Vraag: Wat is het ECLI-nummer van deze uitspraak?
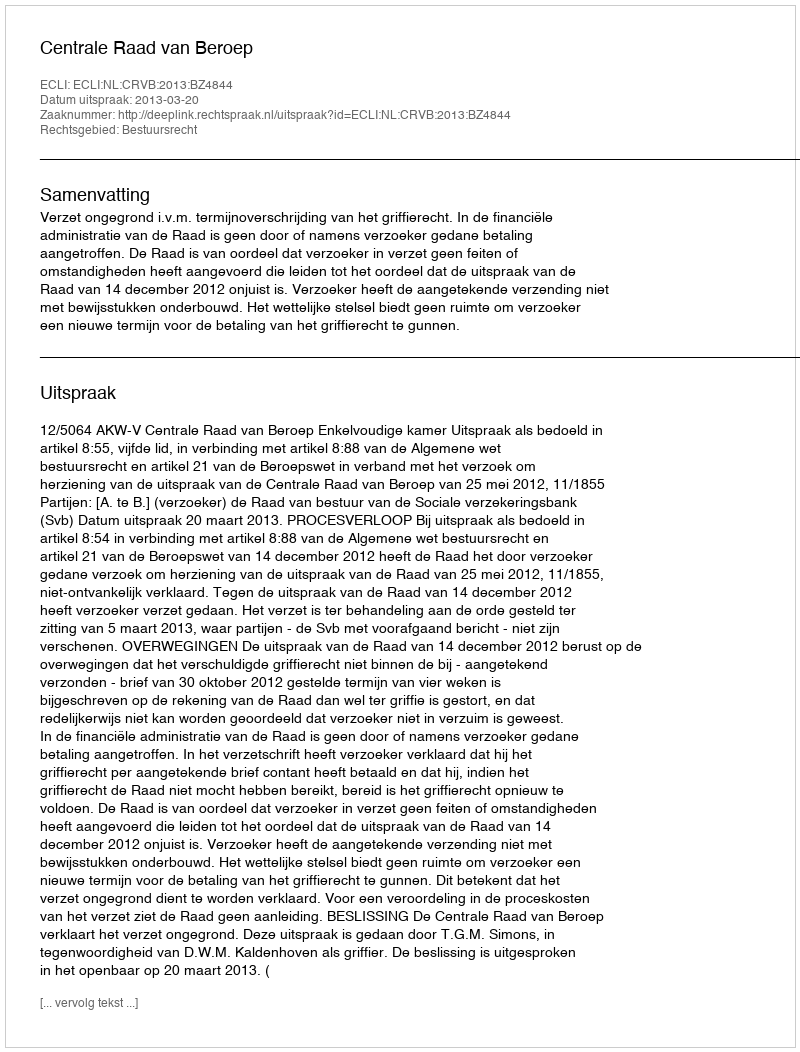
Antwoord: ECLI:NL:CRVB:2013:BZ4844